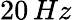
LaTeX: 20\, Hz